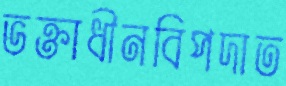
ভক্তাধীনবিপদাত